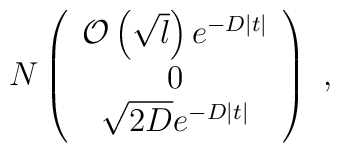
N \left( \begin{array}{c} {\cal{O}}\left(\sqrt{l}\right)e^{-D|t|}  \\ 0\\ \sqrt{2D} e^{-D|t|} \end{array} \right)~,